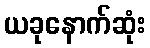
ယခုနောက်ဆုံး